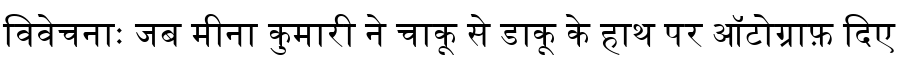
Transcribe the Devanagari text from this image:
विवेचनाः जब मीना कुमारी ने चाकू से डाकू के हाथ पर ऑटोग्राफ़ दिए